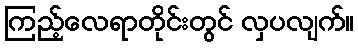
ကြည့်လေရာတိုင်းတွင် လှပလျက်။